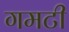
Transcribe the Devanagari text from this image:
गमटी